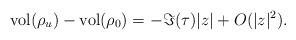
LaTeX: \begin{align*}\operatorname{vol}(\rho_u)-\operatorname{vol}(\rho_0) = - \Im(\tau)|z| + O(|z|^2).\end{align*}